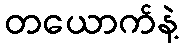
တယောက်နဲ့